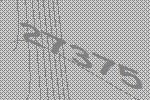
27375